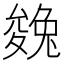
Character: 㕙